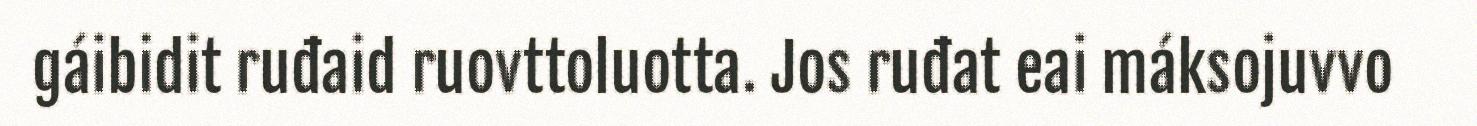
gáibidit ruđaid ruovttoluotta. Jos ruđat eai máksojuvvo